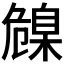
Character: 𦤞